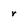
Character: r